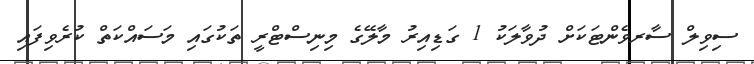
ސިވިލް ސާރވެންޓަކަށް ދުވާލަކު 1 ގަޑިއިރު މާލޭގެ މިނިސްޓްރީ ތަކުގައި މަސައްކަތް ކުރެވިފައި